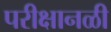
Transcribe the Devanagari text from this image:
परीक्षानळी